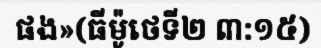
ផង»(ធីម៉ូថេទី២ ៣:១៥)